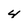
Character: 4